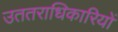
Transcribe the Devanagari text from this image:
उततराधिकारियों